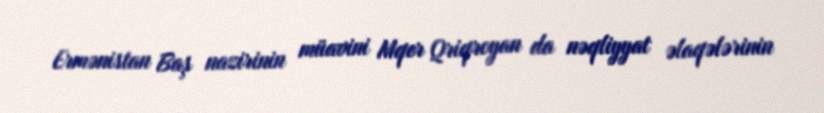
Ermənistan Baş nazirinin müavini Mqer Qriqroyan da nəqliyyat əlaqələrinin